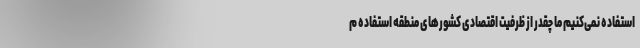
استفاده نمی‌کنیم ما چقدر از ظرفیت اقتصادی کشورهای منطقه استفاده م